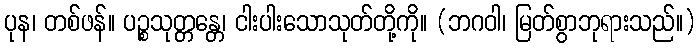
ပုန၊ တစ်ဖန်။ ပဉ္စသုတ္တန္တေ၊ ငါးပါးသောသုတ်တို့ကို။ (ဘဂဝါ၊ မြတ်စွာဘုရားသည်။)